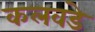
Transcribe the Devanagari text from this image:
कलवडे